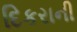
દિકરાની